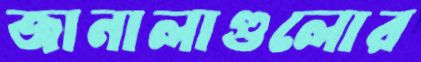
জানালাগুলোর